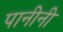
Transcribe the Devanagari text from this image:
पानीनी